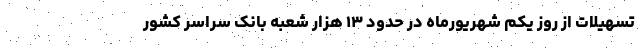
تسهیلات از روز یکم شهریورماه در حدود ۱۳ هزار شعبه بانک سراسر کشور